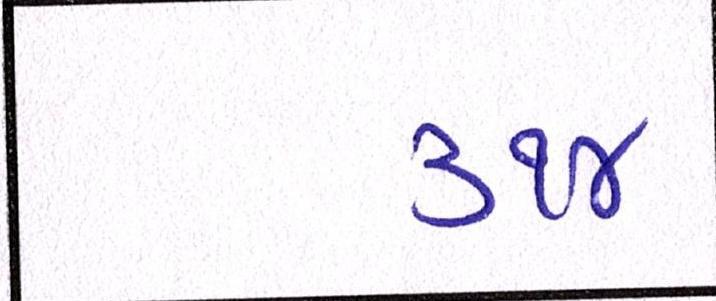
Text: ૩૧૪